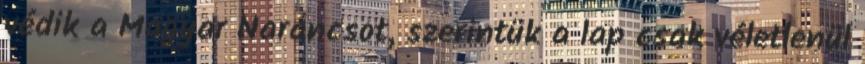
védik a Magyar Narancsot, szerintük a lap csak véletlenül